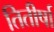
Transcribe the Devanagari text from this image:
तितीर्षा